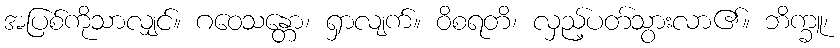
အပြစ်ကိုသာလျှင်။ ဂဝေသန္တော၊ ရှာလျက်။ ဝိစရတိ၊ လှည့်ပတ်သွားလာ၏။ ဘိက္ခူ၊